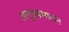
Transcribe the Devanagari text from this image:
अनुग्रहभाजन